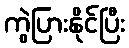
ကွဲပြားနိုင်ပြီး